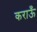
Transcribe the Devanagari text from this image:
कराऊँ